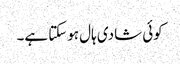
کوئی شادی ہال ہوسکتا ہے۔